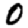
Digit: 0